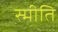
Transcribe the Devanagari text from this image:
स्मीति